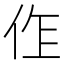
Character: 𠈨